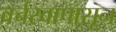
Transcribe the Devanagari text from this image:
वर्चस्वापासून